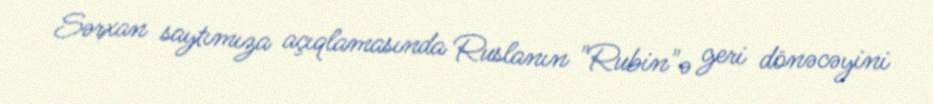
Sərxan saytımıza açıqlamasında Ruslanın "Rubin"ə geri dönəcəyini